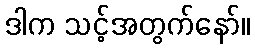
ဒါက သင့်အတွက်နော်။